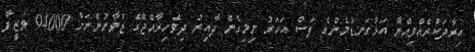
އިރާދަކުރެއްވިއްޔާ އަޅުގަނޑުމެންގެ ފަސް އަހަރު ނިމިގެން ދާއިރު ދިވެހިރާއްޖޭގެ ޒުވާނުންނަށް 94000 ވަޒީފާ